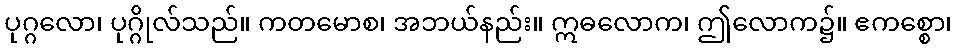
ပုဂ္ဂလော၊ ပုဂ္ဂိုလ်သည်။ ကတမောစ၊ အဘယ်နည်း။ ဣဓလောက၊ ဤလောက၌။ ဧကစ္စော၊